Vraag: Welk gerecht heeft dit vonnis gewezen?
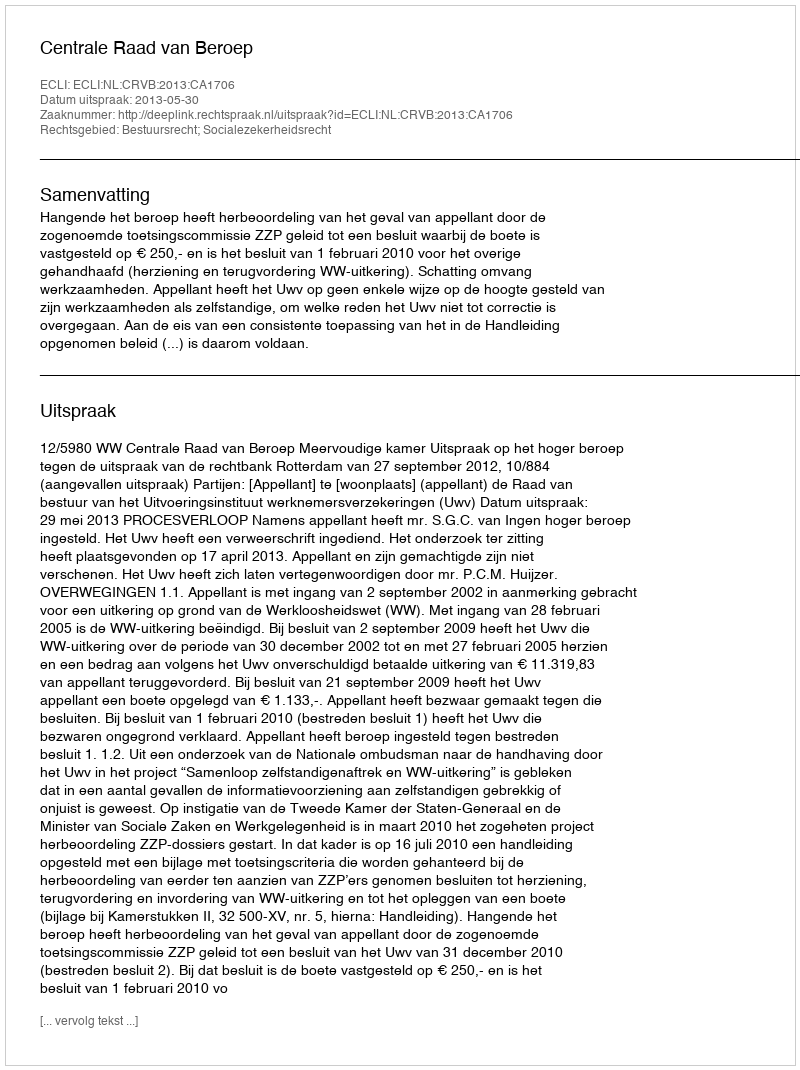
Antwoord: Centrale Raad van Beroep